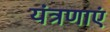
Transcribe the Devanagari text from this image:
यंत्रणाएं